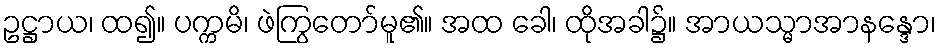
ဥဋ္ဌာယ၊ ထ၍။ ပက္ကမိ၊ ဖဲကြွတော်မူ၏။ အထ ခေါ၊ ထိုအခါ၌။ အာယသ္မာအာနန္ဒော၊